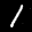
Label: 1